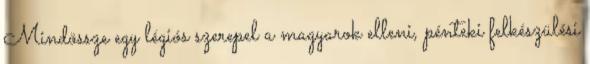
Mindössze egy légiós szerepel a magyarok elleni, pénteki felkészülési